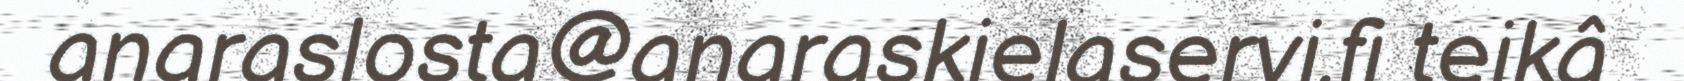
anaraslosta@anaraskielaservi.fi teikâ